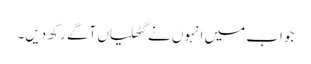
جواب میں انہوں نے گٹھلیاں آگے رکھ دیں۔